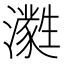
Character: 㶋